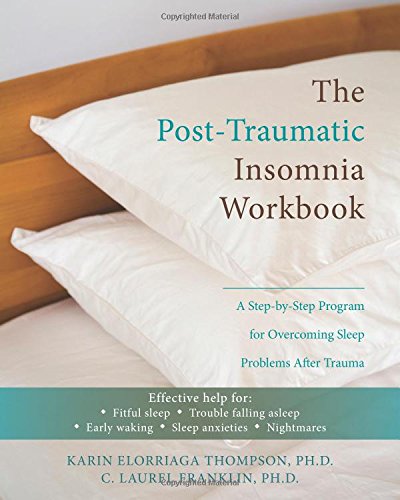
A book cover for The Post-Traumatic Insomnia Workbook: A Step-by-Step Program for Overcoming Sleep Problems After Trauma; Karin Elorriaga Thompson; Health, Fitness & Dieting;